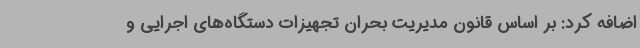
اضافه کرد: بر اساس قانون مدیریت بحران تجهیزات دستگاه‌های اجرایی و